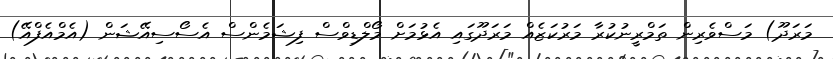
މަރަދޫ) މަސްވެރިން ތަމްރީނުކުރާ މަރުކަޒެއް މަަރަދޫގައި އެޅުމަށް މޯލްޑިވްސް ފިޝަމެންސް އެސޯސިއޭޝަން (އެމްއެފްއޭ)